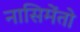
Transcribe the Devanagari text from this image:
नासिमेंतो